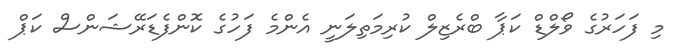
މި ފަހަރުގެ ވޯލްޑް ކަޕާ ބްރެޒިލް ކުރިމަތިލަނީ އެންމެ ފަހުގެ ކޮންފެޑަރޭޝަންސް ކަޕް